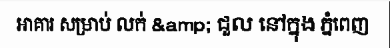
អាគារ សម្រាប់ លក់ &amp; ជួល នៅក្នុង ភ្នំពេញ